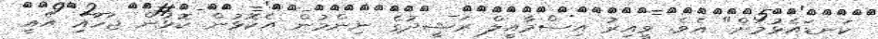
ކަނޑައެޅުމަށް" އެވެ. ވީއިރު އިސްމާއީލް ރަޝީދުގެ ނިންމުން އެކޮޅުން ކޮޅުން ޖަހައި އެއީ